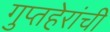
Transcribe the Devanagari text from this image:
गुप्तहेरांची